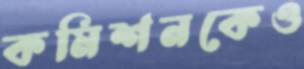
কমিশনকেও